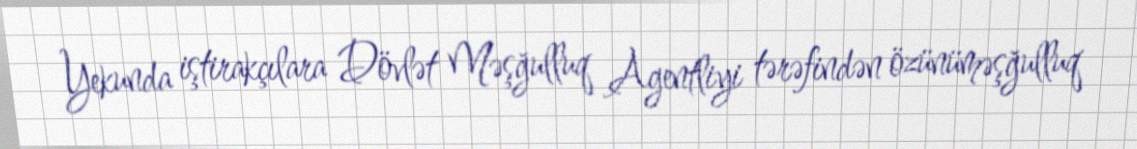
Yekunda iştirakçılara Dövlət Məşğulluq Agentliyi tərəfindən özünüməşğulluq